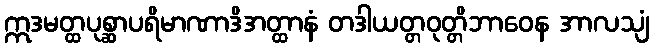
ဣဒမတ္ထပုစ္ဆာပရိမာဏာဒိအတ္ထာနံ တဒါယတ္တဝုတ္တိဘာဝေန အာလသျံ